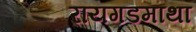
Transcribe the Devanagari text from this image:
रायगडमाथा